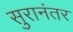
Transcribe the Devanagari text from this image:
सुरानंतर